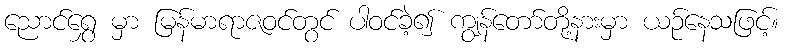
ညောင်ရွှေ မှာ မြန်မာရာဇဝင်တွင် ပါဝင်ခဲ့၍ ကျွန်တော်တို့နားမှာ ယဉ်နေသဖြင့်။